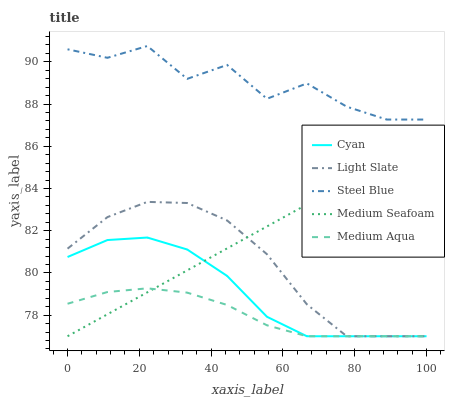
| xaxis_label | Cyan | Light Slate | Steel Blue | Medium Seafoam | Medium Aqua |
 | --- | --- | --- | --- | --- | --- |
 | 0 | 80.8 | 81.2 | 90.6 | 77 | 78.5 |
 | 11.1 | 81.6 | 82.6 | 90.2 | 78 | 79.1 |
 | 22.2 | 81.7 | 83.4 | 90.8 | 79.1 | 79.3 |
 | 33.3 | 81.1 | 83.3 | 89.2 | 80.1 | 79.1 |
 | 44.4 | 79.9 | 82.5 | 89.9 | 81.2 | 78.5 |
 | 55.6 | 77.9 | 80.9 | 88.3 | 82.2 | 77.5 |
 | 66.7 | 77 | 78.5 | 89 | 83.2 | 77 |
 | 77.8 | 77 | 77 | 87.9 | 84.3 | 77 |
 | 88.9 | 77 | 77 | 87.3 | 85.3 | 77 |
 | 100 | 77 | 77 | 87.3 | 86.4 | 77 |